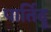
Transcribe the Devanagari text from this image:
पार्तिदू